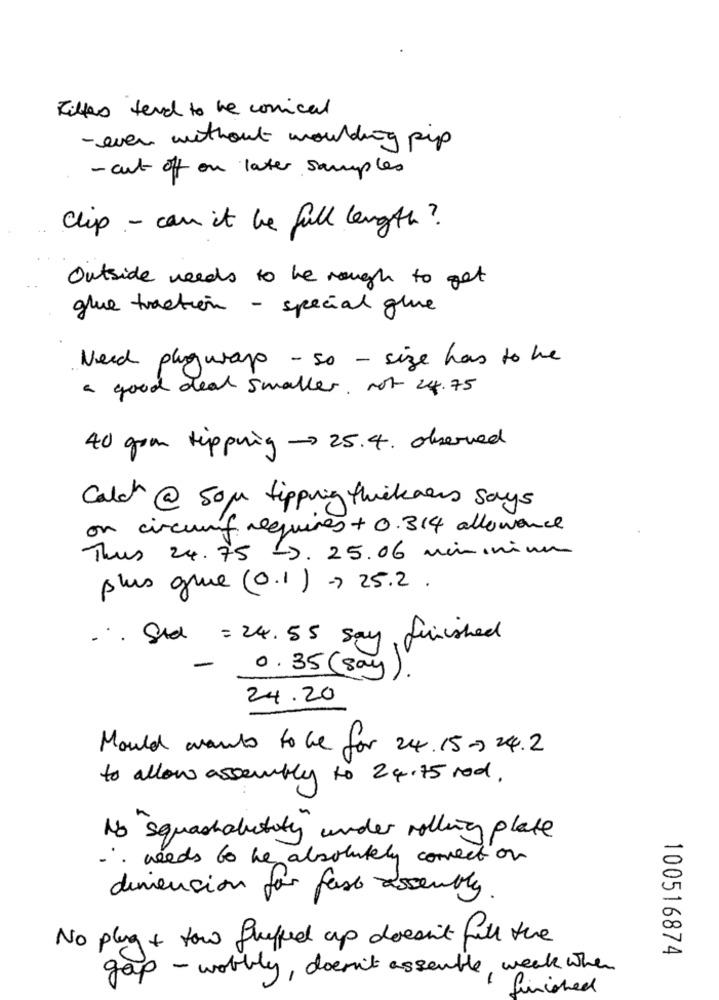
Filters tend to be conical
- even without moulding pip
- cut off on later samples
Chip - can it be full length ?
Outside needs to he rough to get
glue traction - special glue
Need plugwrap - so - size has to be
a good deal smaller. not 24.75
40 goa tipping -25.4. observed
Calch @ som tipping thickness says
on circum requires + 0.314 alloward
Thus 24.75 -. 25.06 miminium
plus grue (0.1) -> 25.2 .
., Std = 24.55 say finished
0.35 (say
24.20
Mould wants to be for 24.15- 24.2
to allow assembly to 24.75 rod.
No squashability under rolling plate
needs to be absolutely correct on
dimension for fast assembly
No plug + tow fucked up doesn't fill the
100516874
gap - wobbly, doesn't assemble, week when
finished